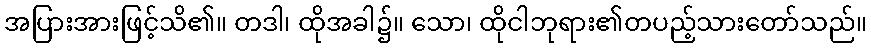
အပြားအားဖြင့်သိ၏။ တဒါ၊ ထိုအခါ၌။ သော၊ ထိုငါဘုရား၏တပည့်သားတော်သည်။